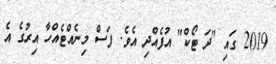
2019 ގައި "ދަ ޓޯކް" އުފެއްދި އެވެ. ފަސް މިނެއްޓެއްހާ އިރުގެ އެ